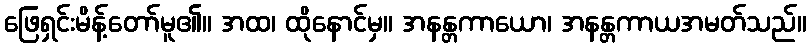
ဖြေရှင်းမိန့်တော်မူ၏။ အထ၊ ထိုနောင်မှ။ အနန္တကာယော၊ အနန္တကာယအမတ်သည်။